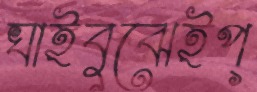
ঘাইবুঝেইপ্